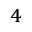
^ { 4 }